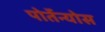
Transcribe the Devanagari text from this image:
पोर्तेन्योस